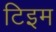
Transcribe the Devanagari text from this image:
टिइम